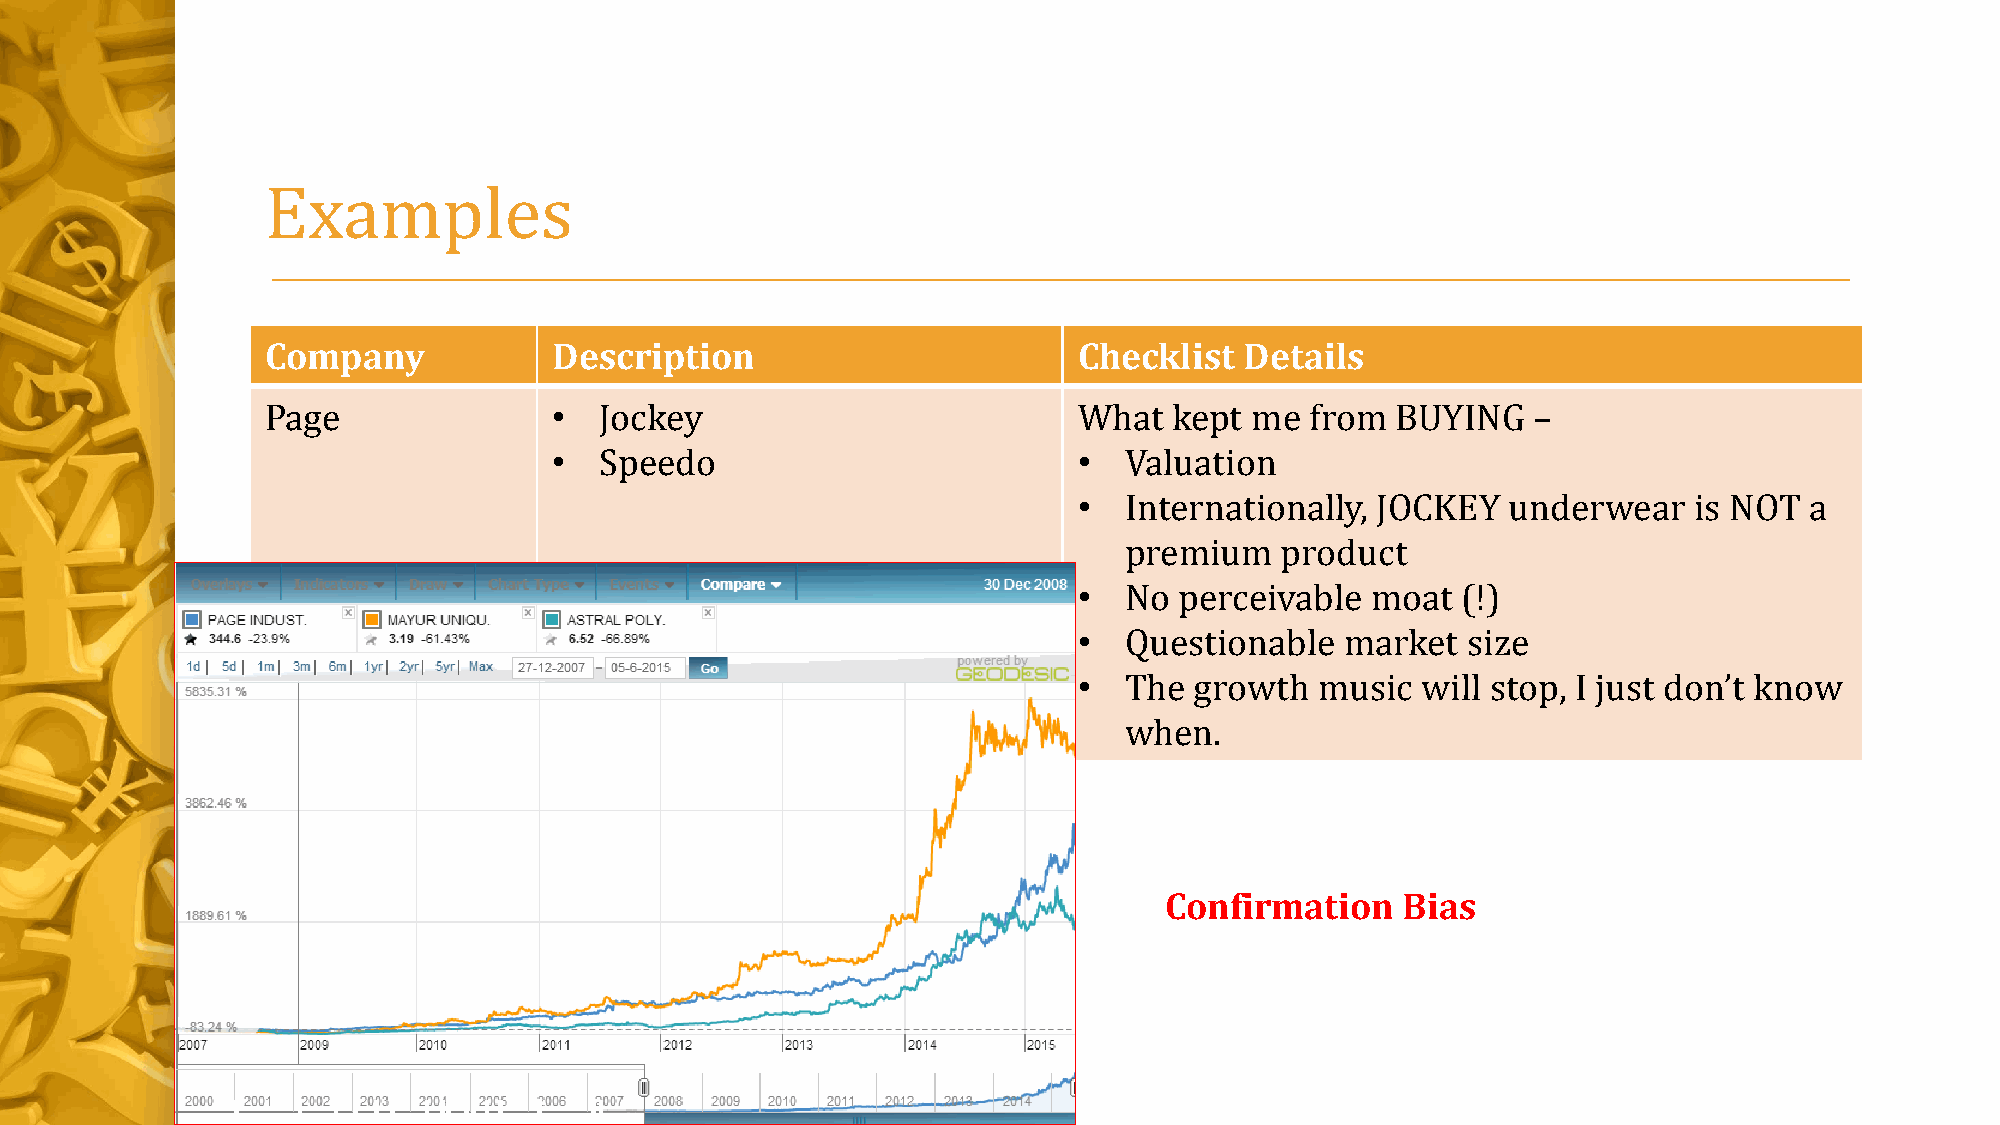
Examples
 Company            Description                       Checklist  Details
 Page               •  Jockey                         What   kept me  from BUYING   –
 •  Speedo                         •  Valuation
 •  Internationally, JOCKEY   underwear   is NOT  a
 premium    product
 •  No  perceivable  moat  (!)
 •  Questionable   market  size
 •  The  growth  music  will stop, I just don’t know
 when.
 Confirmation    Bias